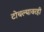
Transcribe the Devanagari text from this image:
टोचल्यावरही